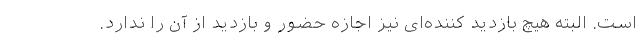
است. البته هیچ بازدید کننده‌ای نیز اجازه حضور و بازدید از آن را ندارد.